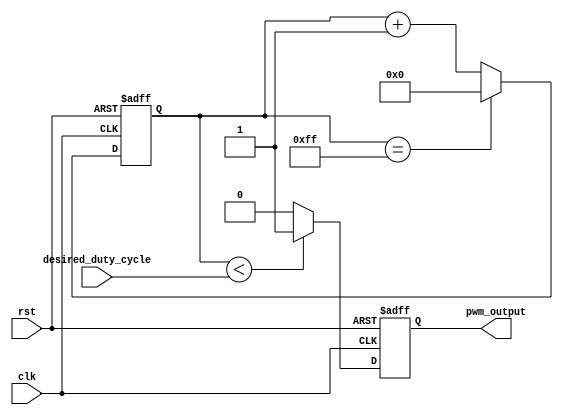
module pwm_generator (
    input clk,
    input rst,
    input desired_duty_cycle,
    output reg pwm_output
);

reg [7:0] counter;

always @(posedge clk or posedge rst) begin
    if (rst) begin
        counter <= 8'b00000000;
        pwm_output <= 1'b0;
    end else begin
        counter <= counter + 1;
        if (counter == 8'b11111111) begin
            counter <= 8'b00000000;
        end
        
        if (counter < desired_duty_cycle) begin
            pwm_output <= 1'b1;
        end else begin
            pwm_output <= 1'b0;
        end
    end
end

endmodule